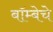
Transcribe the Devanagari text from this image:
बॉम्बेचे